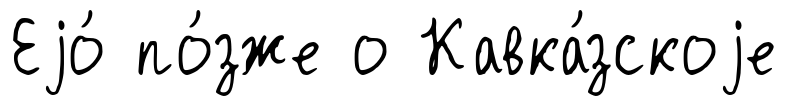
Еjо́ по́зже о Кавка́зскоjе